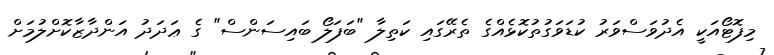
މިފޮޓޯއަކީ އެދުވަސްވަރު ކުޑަވަގުތުކޮޅެއްގެ ތެރޭގައި ކަތިލާ "ބަފަލޯ ބައިސަންސް" ގެ ޢަދަދު އަންދާޒާކޮށްލުމަށް